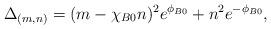
LaTeX: \begin{align*}\Delta_{(m, n)} = (m - \chi_{B0} n)^2 e^{\phi_{B0}} + n^2 e^{-\phi_{B0}},\end{align*}